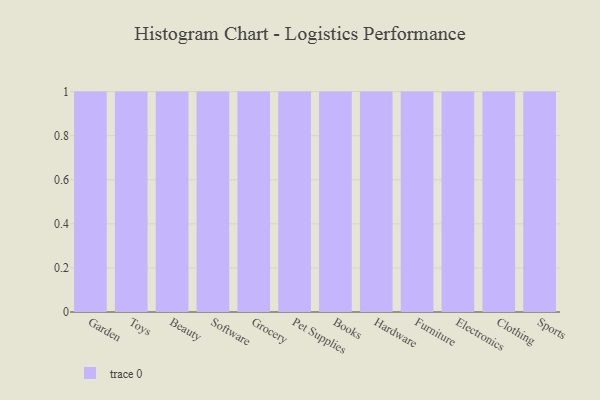
{"axis": {"x": "Category", "y": "Tickets Resolved"}, "legend": [""], "data": [{"x": "Garden", "y": 92, "type": ""}, {"x": "Toys", "y": 79, "type": ""}, {"x": "Beauty", "y": 10, "type": ""}, {"x": "Software", "y": 48, "type": ""}, {"x": "Grocery", "y": 91, "type": ""}, {"x": "Pet Supplies", "y": 84, "type": ""}, {"x": "Books", "y": 63, "type": ""}, {"x": "Hardware", "y": 31, "type": ""}, {"x": "Furniture", "y": 39, "type": ""}, {"x": "Electronics", "y": 8, "type": ""}, {"x": "Clothing", "y": 61, "type": ""}, {"x": "Sports", "y": 13, "type": ""}]}